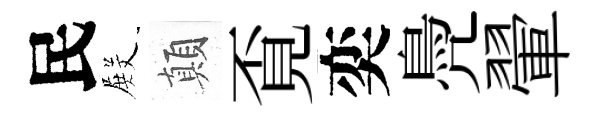
民𭮺顛覔奕鳧翬